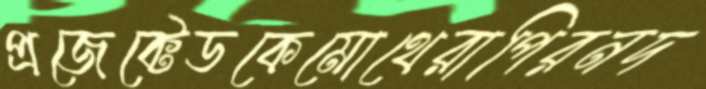
প্রজেক্টেডকেমোথেরাপিরনদ